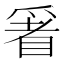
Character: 𱳁